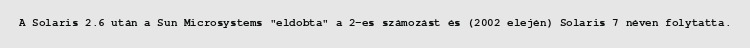
A Solaris 2.6 után a Sun Microsystems "eldobta" a 2-es számozást és (2002 elején) Solaris 7 néven folytatta.